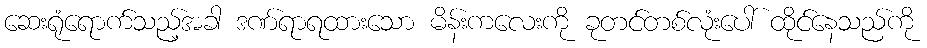
ဆေးရုံရောက်သည့်အခါ ဒဏ်ရာရထားသော မိန်းကလေးကို ခုတင်တစ်လုံးပေါ် ထိုင်နေသည်ကို